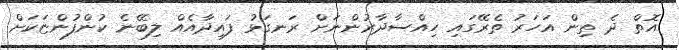
އޮތް ދެ ތިން އަހަރު ތެރޭގައި ހިއްސާދާރުންނަށް ރަނގަޅު ފައިދާއެއް ލިބޭނެ ކުންފުންޏަކަށް